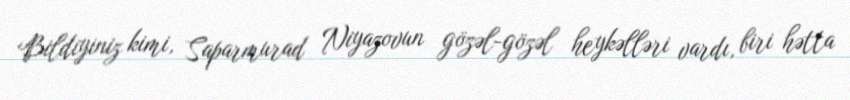
Bildiyiniz kimi, Saparmurad Niyazovun gözəl-gözəl heykəlləri vardı, biri hətta